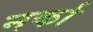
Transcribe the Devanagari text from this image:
नर्का